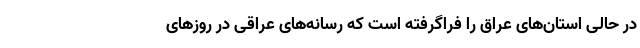
در حالی استان‌های عراق را فراگرفته است که رسانه‌های عراقی در روزهای